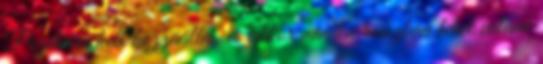
Pozitívan kell hozzáállni, és akkor minden rosszban lehet valami